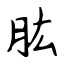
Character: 肱